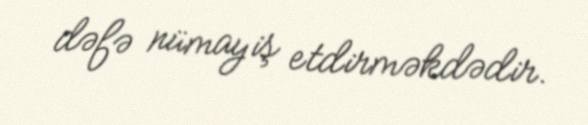
dəfə nümayiş etdirməkdədir.